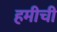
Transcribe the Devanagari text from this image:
हमीची